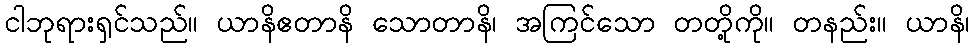
ငါဘုရားရှင်သည်။ ယာနိဧတာနိ သောတာနိ၊ အကြင်သော တတို့ကို။ တနည်း။ ယာနိ၊